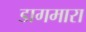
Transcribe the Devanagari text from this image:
डागमारा